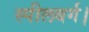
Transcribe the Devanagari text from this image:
स्पीलबर्ग।